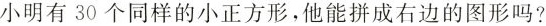
小明有30个同样的小正方形，他能拼成右边的图形吗?